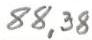
88,38